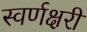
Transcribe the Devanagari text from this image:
स्वर्णक्षरी